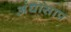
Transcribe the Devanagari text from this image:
अंधासाप